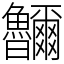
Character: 鿩